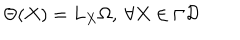
\Theta ( X ) = { L _ { X } } \Omega , \ \forall X \in \Gamma { \cal D }